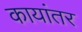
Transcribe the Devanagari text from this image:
कायांतर